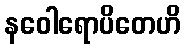
နဝေါရောပိတေဟိ